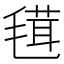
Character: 𣯏